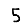
Digit: 5